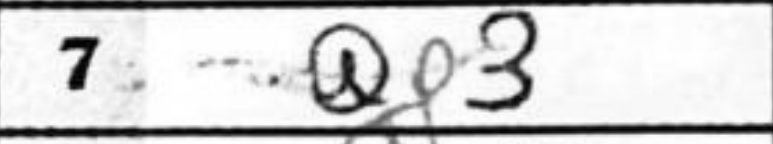
Transcription: Qf3